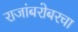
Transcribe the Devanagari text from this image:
राजांबरोबरचा